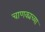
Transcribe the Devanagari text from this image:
चाणक्यच्या